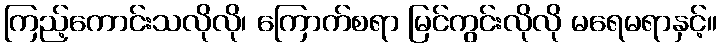
ကြည့်ကောင်းသလိုလို၊ ကြောက်စရာ မြင်ကွင်းလိုလို မရေမရာနှင့်။